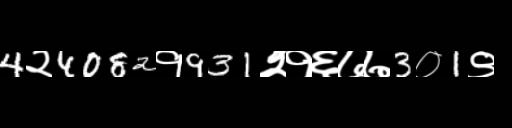
Text: 4२4082१931२१६७७3०1९